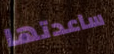
ساعدتها